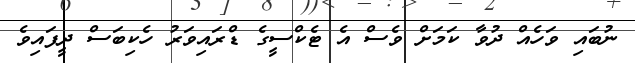
ނުބައި ވަހެއް ދުވާ ކަމަށް ވެސް އެ ޓެކްސީގެ ޑްރައިވަރު ހެކިބަސް ދީފައިވެ